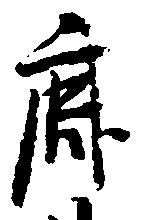
鹿